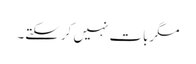
مگربات نہیں کرسکتے۔